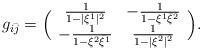
LaTeX: \begin{align*}g_{i\bar{j}}=\Big(\begin{array}{cc}\frac{1}{1-|\xi^1|^2} & -\frac{1}{1-\xi^1\bar{\xi}^2} \\ -\frac{1}{1-\xi^2\bar{\xi}^1} & \frac{1}{1-|\xi^2|^2}\end{array}\Big). \end{align*}